Madras plague regulations in force outside the Presidency town - Volume 6
Disease focus: Plague
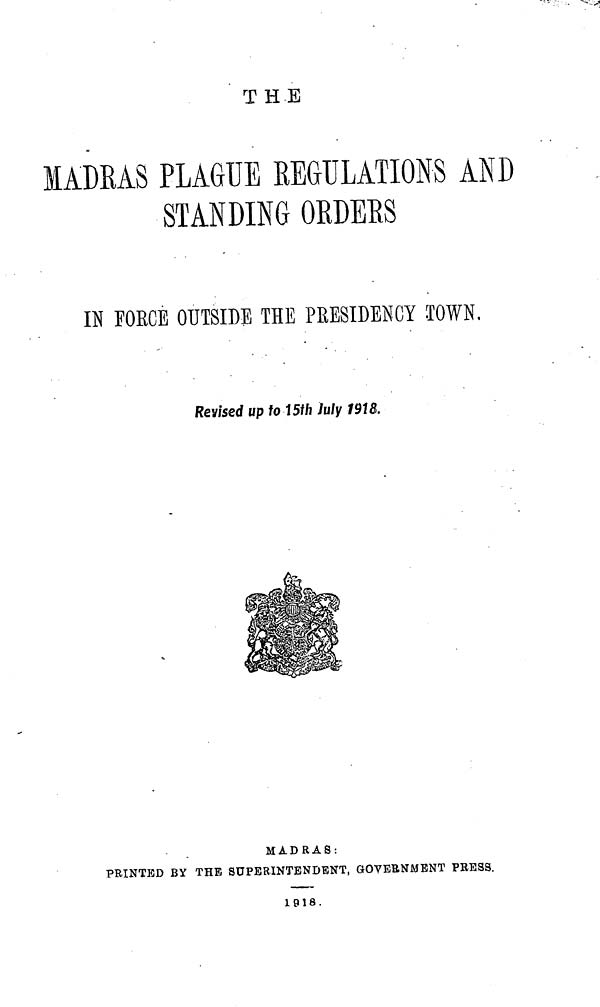
THE
MADRAS PLAGUE REGULATIONS AND
STANDING ORDERS
IN FORCE OUTSIDE THE PRESIDENCY TOWN,
Revised up to 15th July 1918.
MADRAS:
PRINTED BY THE SUPERINTENDENT, GOVERNMENT PRESS.
1918.